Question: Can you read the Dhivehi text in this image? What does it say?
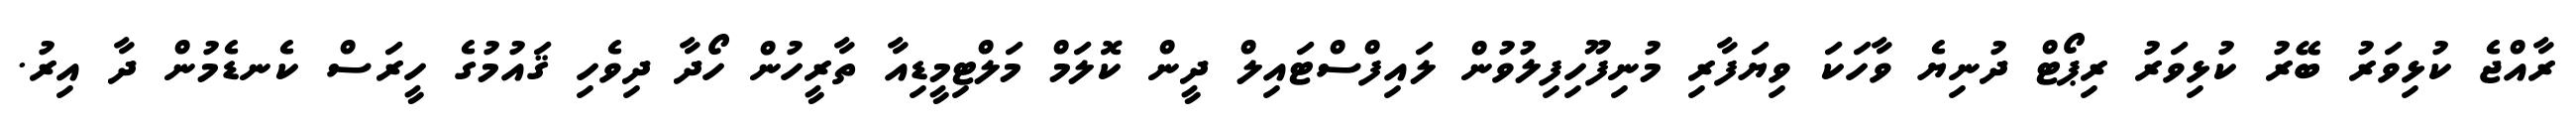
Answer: ރާއްޖެ ކުޅިވަރު ބޭރު ކުޅިވަރު ރިޕޯޓް ދުނިޔެ ވާހަކަ ވިޔަފާރި މުނިފޫހިފިލުވުން ލައިފްސްޓައިލް ދީން ކޮލަމް މަލްޓިމީޑިއާ ތާރީހުން ހޯދާ ދިވެހި ޤައުމުގެ ހީރަސް ކެނޑެމުން ދާ އިރު.